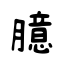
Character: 臆